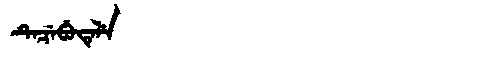
Manchu: ᡨᡝᠴᡝᠪᡠᡨᡝᠯᡝ
Romanization: TECEBUTELE